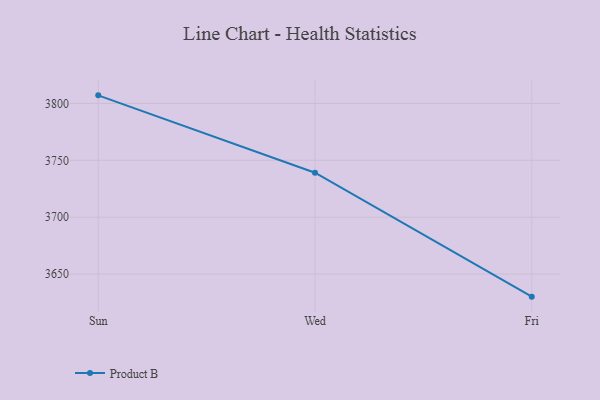
{"axis": {"x": "Day", "y": "Waste Production (Tons)"}, "legend": ["Product B"], "data": [{"x": "Sun", "y": 3807.1, "type": "Product B"}, {"x": "Wed", "y": 3739.1, "type": "Product B"}, {"x": "Fri", "y": 3630.2, "type": "Product B"}]}